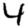
Digit: 4